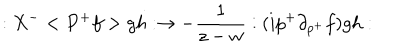
: X ^ { - } < P ^ { + } f > g h : \rightarrow - \frac 1 { z - w } : ( i p ^ { + } \partial _ { p ^ { + } } f ) g h :